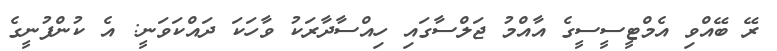
ރޭ ބޭއްވި އެމްޓީސީސީގެ އާއްމު ޖަލްސާގައި ހިއްސާދާރަކު ވާހަކަ ދައްކަވަނީ: އެ ކުންފުނީގެ